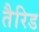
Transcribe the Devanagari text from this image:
तैरिड